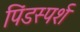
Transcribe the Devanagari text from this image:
पिंडस्पर्श